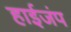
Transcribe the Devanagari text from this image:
हाईजंप